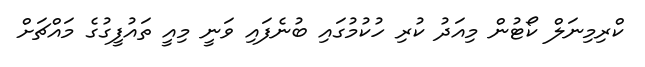
ކްރިމިނަލް ކޯޓުން މިއަދު ކުރި ހުކުމުގައި ބުނެފައި ވަނީ މިއީ ތައުފީގުގެ މައްޗަށް